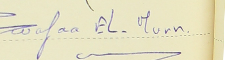
Wafaa EL-Murr